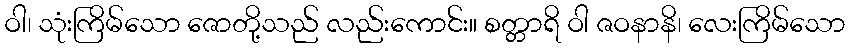
ဝါ၊ သုံးကြိမ်သော ဇောတို့သည် လည်းကောင်း။ စတ္တာရိ ဝါ ဇဝနာနိ၊ လေးကြိမ်သော